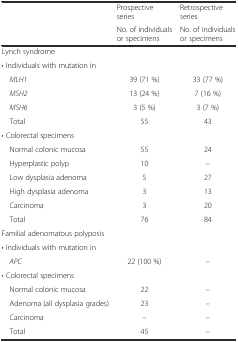
<table><thead><tr><td rowspan="2"></td><td><b>Prospective series</b></td><td><b>Retrospective series</b></td></tr><tr><td><b>No. of individuals or specimens</b></td><td><b>No. of individuals or specimens</b></td></tr></thead><tbody><tr><td>Lynch syndrome</td><td></td><td></td></tr><tr><td>• Individuals with mutation in</td><td></td><td></td></tr><tr><td> <i>MLH1</i></td><td>39 (71 %)</td><td>33 (77 %)</td></tr><tr><td> <i>MSH2</i></td><td>13 (24 %)</td><td>7 (16 %)</td></tr><tr><td> <i>MSH6</i></td><td>3 (5 %)</td><td>3 (7 %)</td></tr><tr><td> Total</td><td>55</td><td>43</td></tr><tr><td>• Colorectal specimens</td><td></td><td></td></tr><tr><td> Normal colonic mucosa</td><td>55</td><td>24</td></tr><tr><td> Hyperplastic polyp</td><td>10</td><td>–</td></tr><tr><td> Low dysplasia adenoma</td><td>5</td><td>27</td></tr><tr><td> High dysplasia adenoma</td><td>3</td><td>13</td></tr><tr><td> Carcinoma</td><td>3</td><td>20</td></tr><tr><td> Total</td><td>76</td><td>84</td></tr><tr><td>Familial adenomatous polyposis</td><td></td><td></td></tr><tr><td>• Individuals with mutation in</td><td></td><td></td></tr><tr><td> <i>APC</i></td><td>22 (100 %)</td><td>–</td></tr><tr><td>• Colorectal specimens</td><td></td><td></td></tr><tr><td> Normal colonic mucosa</td><td>22</td><td>–</td></tr><tr><td> Adenoma (all dysplasia grades)</td><td>23</td><td>–</td></tr><tr><td> Carcinoma</td><td>–</td><td>–</td></tr><tr><td> Total</td><td>45</td><td>–</td></tr></tbody></table>